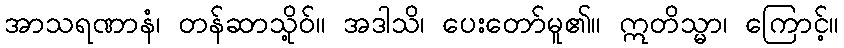
အာသရဏာနံ၊ တန်ဆာသို့ဝ်။ အဒါသိ၊ ပေးတော်မူ၏။ ဣတိသ္မာ၊ ကြောင့်။